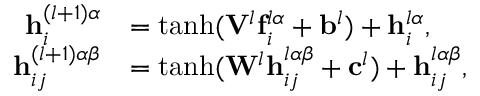
\begin{array} { r l } { \mathbf { h } _ { i } ^ { ( l + 1 ) \alpha } } & { = \operatorname { t a n h } ( \mathbf { V } ^ { l } \mathbf { f } _ { i } ^ { l \alpha } + \mathbf { b } ^ { l } ) + \mathbf { h } _ { i } ^ { l \alpha } , } \\ { \mathbf { h } _ { i j } ^ { ( l + 1 ) \alpha \beta } } & { = \operatorname { t a n h } ( \mathbf { W } ^ { l } \mathbf { h } _ { i j } ^ { l \alpha \beta } + \mathbf { c } ^ { l } ) + \mathbf { h } _ { i j } ^ { l \alpha \beta } , } \end{array}